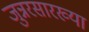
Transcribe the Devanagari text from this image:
जुन्नरसारख्या